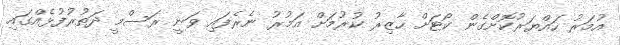
އުމަރު ހައްޔަރުކޮށްގެން ކޯޓަށް ހާޒިރު ކުރުމަށް އަމުރު ނެރެފައި ވަނީ ރަސްމީ ދަތުރުފުޅެއްގައި